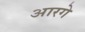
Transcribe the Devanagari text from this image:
आरगे